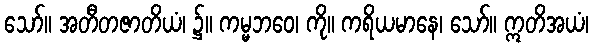
သော်။ အတီတဇာတိယံ၊ ၌။ ကမ္မဘဝေ၊ ကို။ ကရိယမာနေ၊ သော်။ ဣတိအယံ၊